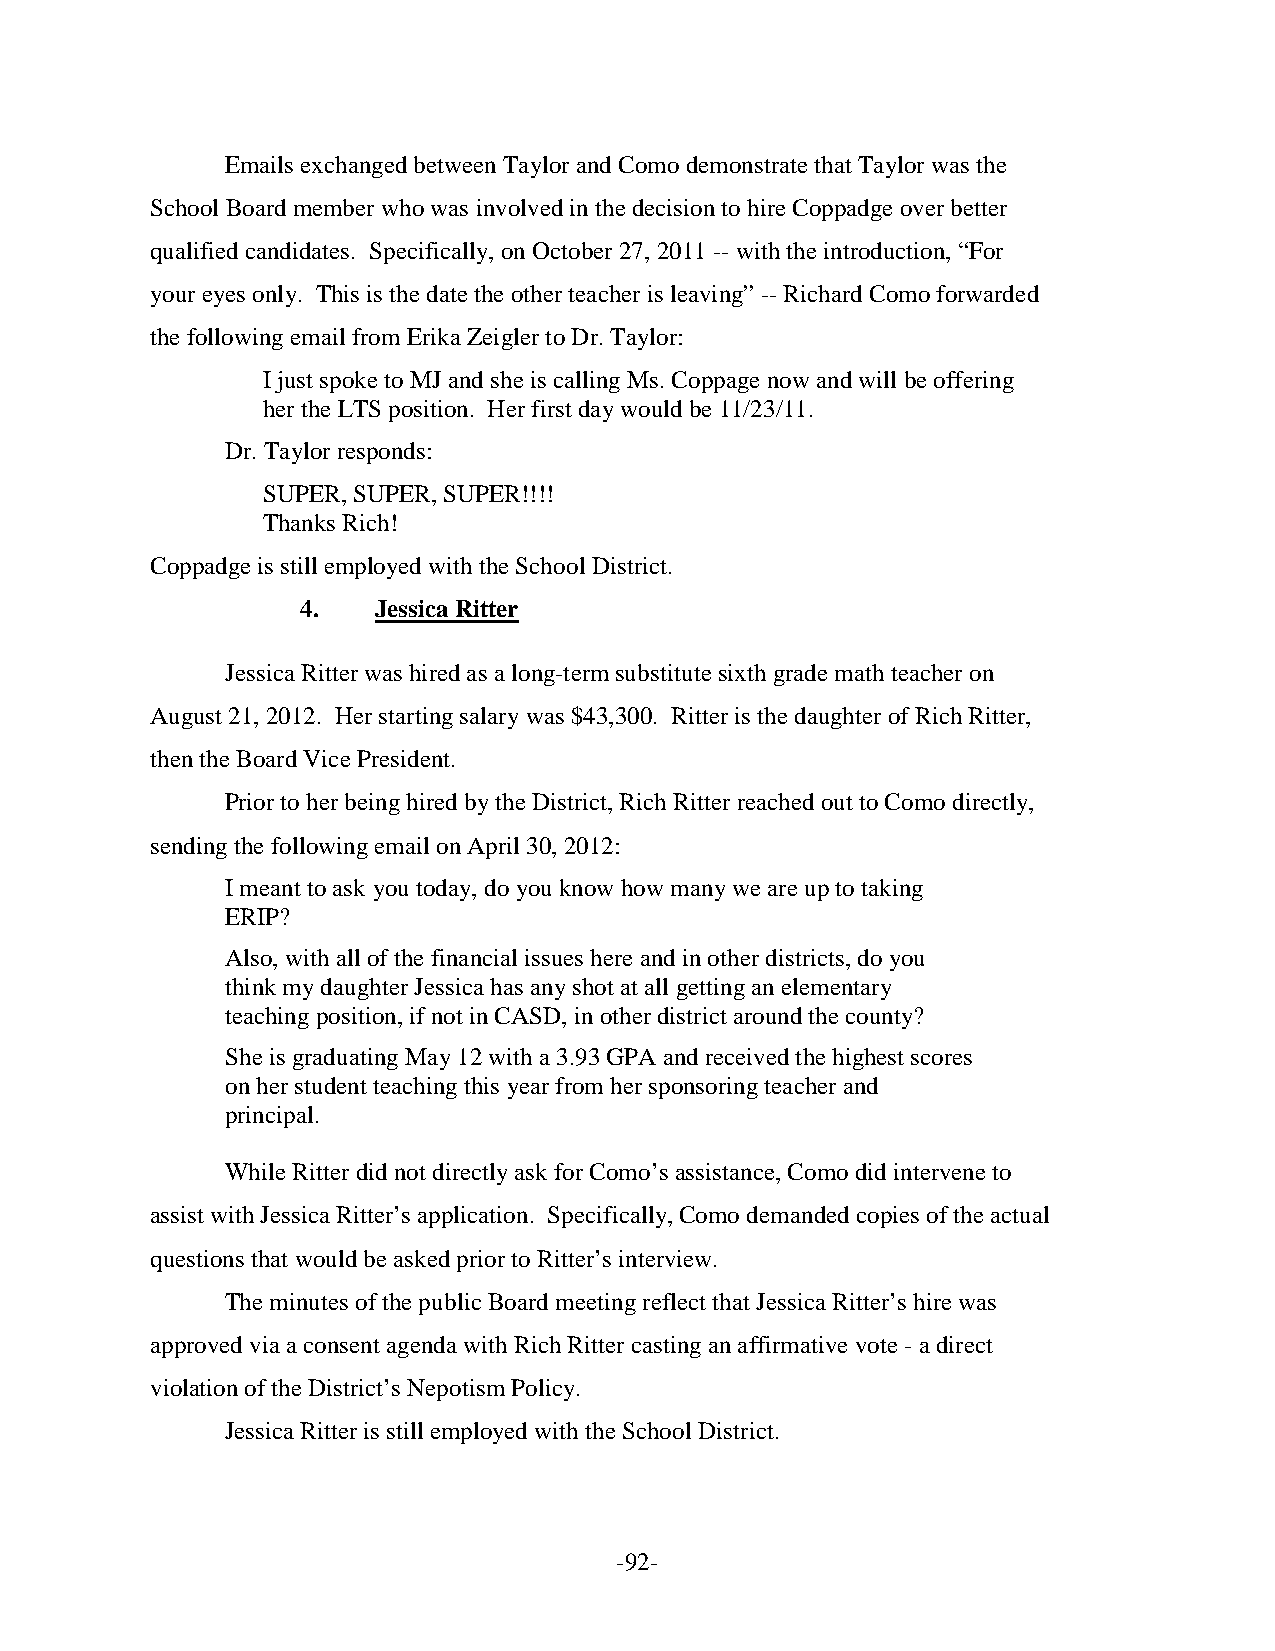
Emails exchanged between Taylor and Como demonstrate that Taylor was the
 School Board member who was involved in the decision to hire Coppadge over better
 qualified candidates. Specifically, on October 27, 2011 -- with the introduction, “For
 your eyes only. This is the date the other teacher is leaving” -- Richard Como forwarded
 the following email from Erika Zeigler to Dr. Taylor:
 I just spoke to MJ and she is calling Ms. Coppage now and will be offering
 her the LTS position. Her first day would be 11/23/11.
 Dr. Taylor responds:
 SUPER, SUPER, SUPER!!!!
 Thanks Rich!
 Coppadge is still employed with the School District.
 4.   Jessica Ritter
 Jessica Ritter was hired as a long-term substitute sixth grade math teacher on
 August 21, 2012. Her starting salary was $43,300. Ritter is the daughter of Rich Ritter,
 then the Board Vice President.
 Prior to her being hired by the District, Rich Ritter reached out to Como directly,
 sending the following email on April 30, 2012:
 I meant to ask you today, do you know how many we are up to taking
 ERIP?
 Also, with all of the financial issues here and in other districts, do you
 think my daughter Jessica has any shot at all getting an elementary
 teaching position, if not in CASD, in other district around the county?
 She is graduating May 12 with a 3.93 GPA and received the highest scores
 on her student teaching this year from her sponsoring teacher and
 principal.
 While Ritter did not directly ask for Como’s assistance, Como did intervene to
 assist with Jessica Ritter’s application. Specifically, Como demanded copies of the actual
 questions that would be asked prior to Ritter’s interview.
 The minutes of the public Board meeting reflect that Jessica Ritter’s hire was
 approved via a consent agenda with Rich Ritter casting an affirmative vote - a direct
 violation of the District’s Nepotism Policy.
 Jessica Ritter is still employed with the School District.
 -92-